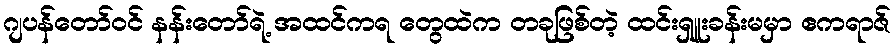
ဂျပန်တော်ဝင် နန်းတော်ရဲ့ အထင်ကရ တွေထဲက တခုဖြစ်တဲ့ ထင်းရှူးခန်းမမှာ ဧကရာဇ်